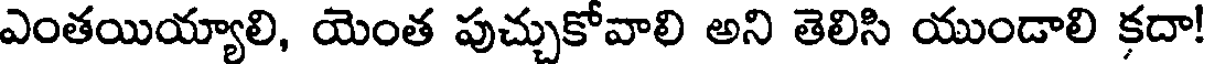
ఎంతయియ్యాలి, యెంత పుచ్చుకోవాలి అని తెలిసి యుండాలి కదా!